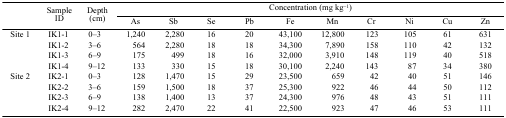
| <ROWSPAN=3>  | <ROWSPAN=3> Sample ID | <ROWSPAN=3> Depth (cm) | <COLSPAN=10> Concentration (mg kg−1) |
 | As | Sb | Se | Pb | Fe | Mn | Cr | Ni | Cu | Zn |
 | --- | --- | --- | --- | --- | --- | --- | --- | --- | --- | --- | --- | --- |
 | Site 1 | IK1-1 | 0–3 | 1,240 | 2,280 | 16 | 20 | 43,100 | 12,800 | 123 | 105 | 61 | 631 |
 |  | IK1-2 | 3–6 | 564 | 2,280 | 18 | 18 | 34,300 | 7,890 | 158 | 110 | 42 | 132 |
 |  | IK1-3 | 6–9 | 175 | 499 | 18 | 16 | 32,000 | 3,910 | 148 | 119 | 40 | 518 |
 |  | IK1-4 | 9–12 | 133 | 330 | 15 | 18 | 30,100 | 2,240 | 143 | 87 | 34 | 380 |
 | Site 2 | IK2-1 | 0–3 | 128 | 1,470 | 15 | 29 | 23,500 | 659 | 42 | 40 | 51 | 146 |
 |  | IK2-2 | 3–6 | 159 | 1,500 | 18 | 37 | 25,300 | 922 | 46 | 44 | 50 | 112 |
 |  | IK2-3 | 6–9 | 138 | 1,400 | 13 | 37 | 24,300 | 976 | 48 | 43 | 51 | 111 |
 |  | IK2-4 | 9–12 | 282 | 2,470 | 22 | 41 | 22,500 | 923 | 47 | 46 | 53 | 111 |